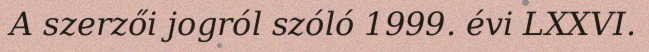
A szerzői jogról szóló 1999. évi LXXVI.